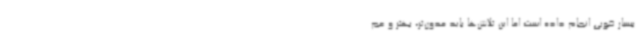
بسیار خوبی انجام داده است اما این تلاش‌ها باید مدون‌تر، بهتر و عم